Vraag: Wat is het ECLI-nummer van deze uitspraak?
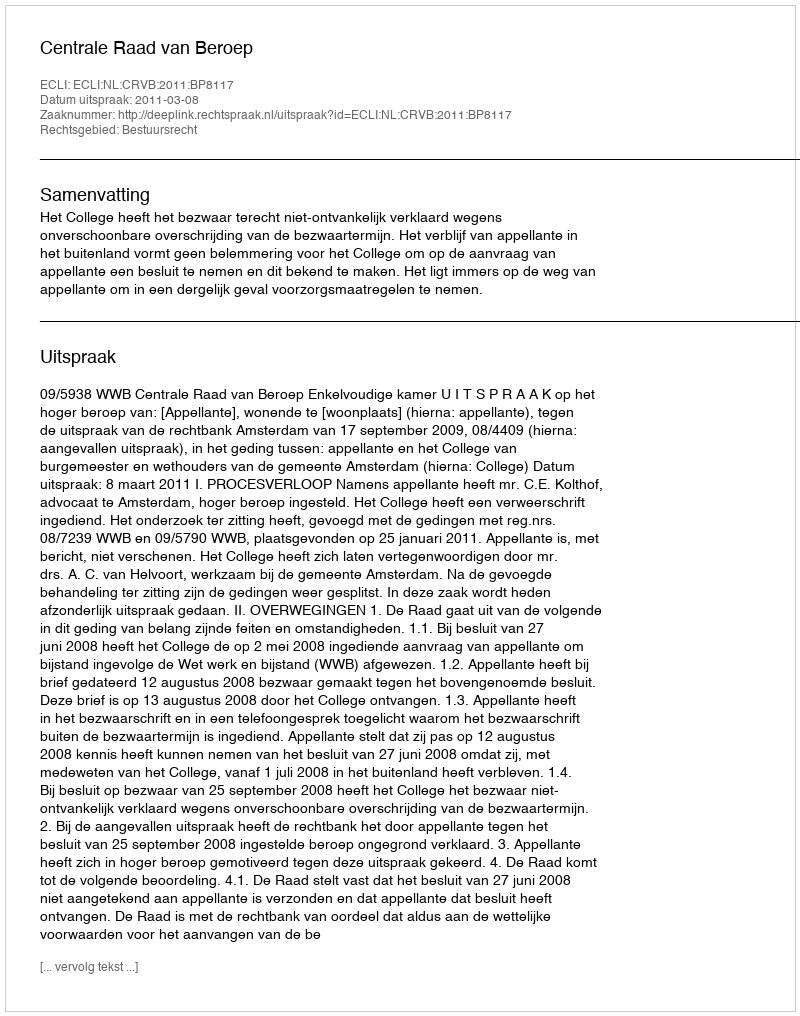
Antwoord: ECLI:NL:CRVB:2011:BP8117